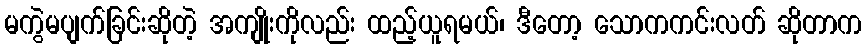
မကွဲမပျက်ခြင်းဆိုတဲ့ အကျိုးကိုလည်း ထည့်ယူရမယ်၊ ဒီတော့ သောကကင်းလတ် ဆိုတာက